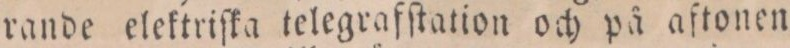
rande elektriſka telegrafſtation och på aftonen